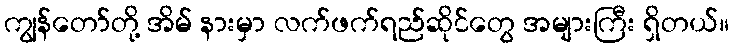
ကျွန်တော်တို့ အိမ် နားမှာ လက်ဖက်ရည်ဆိုင်တွေ အများကြီး ရှိတယ်။